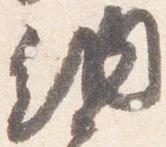
納